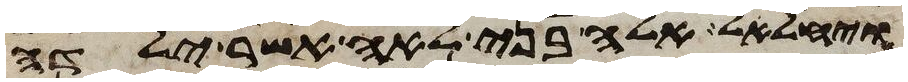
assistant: ויחלאל אלה בני לאה אשר ילדה